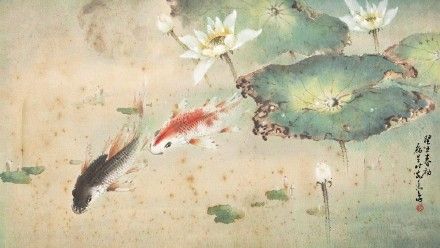
晚风收暑，小池塘荷净。